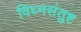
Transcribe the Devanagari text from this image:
विघ्नसंतुष्ट